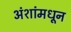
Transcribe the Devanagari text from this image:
अंशांमधून